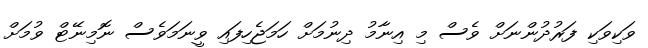
ވަކިވަކި ފަރުދުންނަށް ވެސް މި އިނާމު ދިނުމަށް ހަމަޖެހިފައި ވީނަމަވެސް ނޮމިނޭޓް ވުމަށް